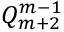
Q _ { m + 2 } ^ { m - 1 }